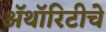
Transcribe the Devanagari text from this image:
ॲथॉरिटीचे